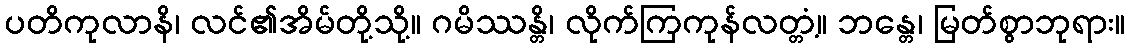
ပတိကုလာနိ၊ လင်၏အိမ်တို့သို့။ ဂမိဿန္တိ၊ လိုက်ကြကုန်လတ္တံ့။ ဘန္တေ၊ မြတ်စွာဘုရား။